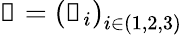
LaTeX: \boldsymbol{\mathscr{x}}=\left(\boldsymbol{\mathscr{x}}_{i}\right)_{i\in(1,2,3)}